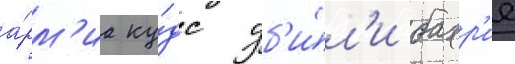
а́рм'иа ку́дс уб'и́л'и бахр'ие